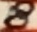
Text: 8